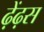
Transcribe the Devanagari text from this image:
ढ़ेंढ़स